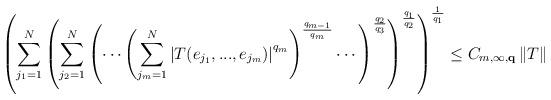
LaTeX: \begin{align*}\left( \sum_{j_{1}=1}^{N}\left( \sum_{j_{2}=1}^{N}\left( \cdots \left(\sum_{j_{m}=1}^{N}\left\vert T(e_{j_{1}},...,e_{j_{m}})\right\vert^{q_{m}}\right) ^{\frac{q_{m-1}}{q_{m}}}\cdots \right) ^{\frac{q_{2}}{q_{3}}}\right) ^{\frac{q_{1}}{q_{2}}}\right) ^{\frac{1}{q_{1}}}\leq C_{m,\infty ,\mathbf{q}}\left\Vert T\right\Vert \end{align*}